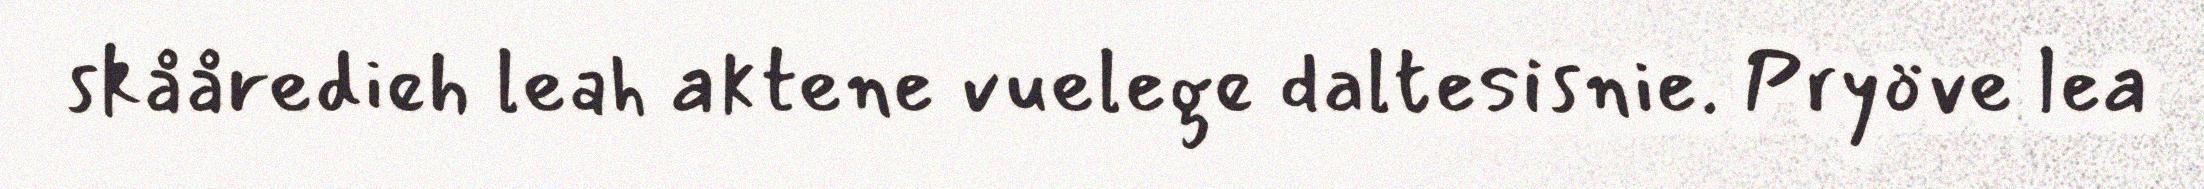
skååredieh leah aktene vuelege daltesisnie. Pryöve lea